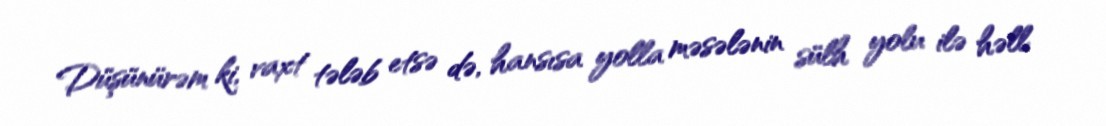
Düşünürəm ki, vaxt tələb etsə də, hansısa yolla məsələnin sülh yolu ilə həll